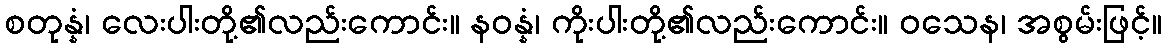
စတုန္နံ၊ လေးပါးတို့၏လည်းကောင်း။ နဝန္နံ၊ ကိုးပါးတို့၏လည်းကောင်း။ ဝသေန၊ အစွမ်းဖြင့်။